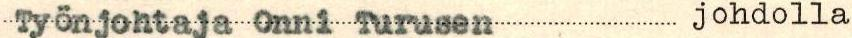
Työnjohtaja Onni Turusen johdolla